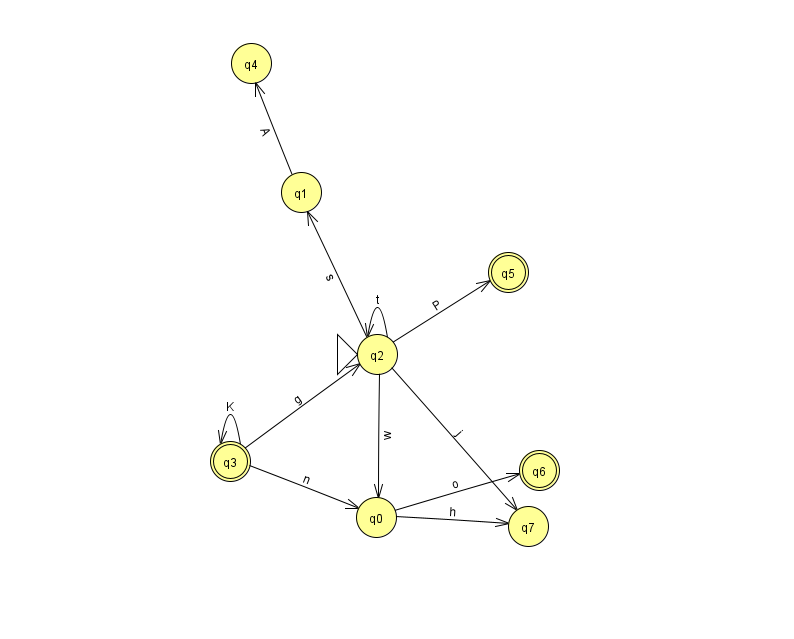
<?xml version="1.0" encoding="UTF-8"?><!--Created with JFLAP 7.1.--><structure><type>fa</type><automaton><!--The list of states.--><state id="0" name="q0"><x>376.0</x><y>504.0</y></state><state id="1" name="q1"><x>301.0</x><y>179.0</y></state><state id="2" name="q2"><x>377.0</x><y>341.0</y><initial/></state><state id="3" name="q3"><x>230.0</x><y>448.0</y><final/></state><state id="4" name="q4"><x>251.0</x><y>50.0</y></state><state id="5" name="q5"><x>508.0</x><y>259.0</y><final/></state><state id="6" name="q6"><x>539.0</x><y>457.0</y><final/></state><state id="7" name="q7"><x>528.0</x><y>513.0</y></state><!--The list of transitions.--><transition><from>2</from><to>2</to><read>t</read></transition><transition><from>2</from><to>0</to><read>w</read></transition><transition><from>2</from><to>1</to><read>s</read></transition><transition><from>3</from><to>0</to><read>n</read></transition><transition><from>2</from><to>5</to><read>P</read></transition><transition><from>1</from><to>4</to><read>A</read></transition><transition><from>3</from><to>3</to><read>K</read></transition><transition><from>0</from><to>6</to><read>o</read></transition><transition><from>0</from><to>7</to><read>h</read></transition><transition><from>2</from><to>7</to><read>j</read></transition><transition><from>3</from><to>2</to><read>g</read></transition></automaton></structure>